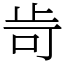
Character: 㱒